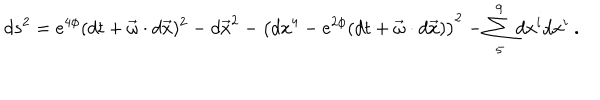
d s ^ { 2 } = e ^ { 4 \phi } ( d t + \vec { \omega } \cdot d \vec { x } ) ^ { 2 } - d \vec { x } ^ { 2 } - \left( d x ^ { 4 } - e ^ { 2 \phi } ( d t + \vec { \omega } \cdot d \vec { x } ) \right) ^ { 2 } - \sum _ { 5 } ^ { 9 } d x ^ { i } d x ^ { i } \ .